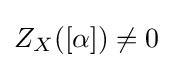
Z_{X}([\alpha ])\neq 0